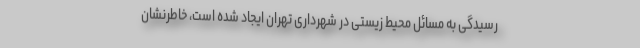
رسیدگی به مسائل محیط زیستی در شهرداری تهران ایجاد شده است، خاطرنشان